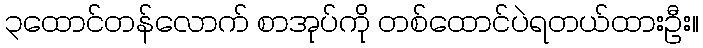
၃ထောင်တန်လောက် စာအုပ်ကို တစ်ထောင်ပဲရတယ်ထားဦး။